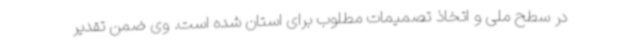
در سطح ملی و اتخاذ تصمیمات مطلوب برای استان شده است. وی ضمن تقدیر